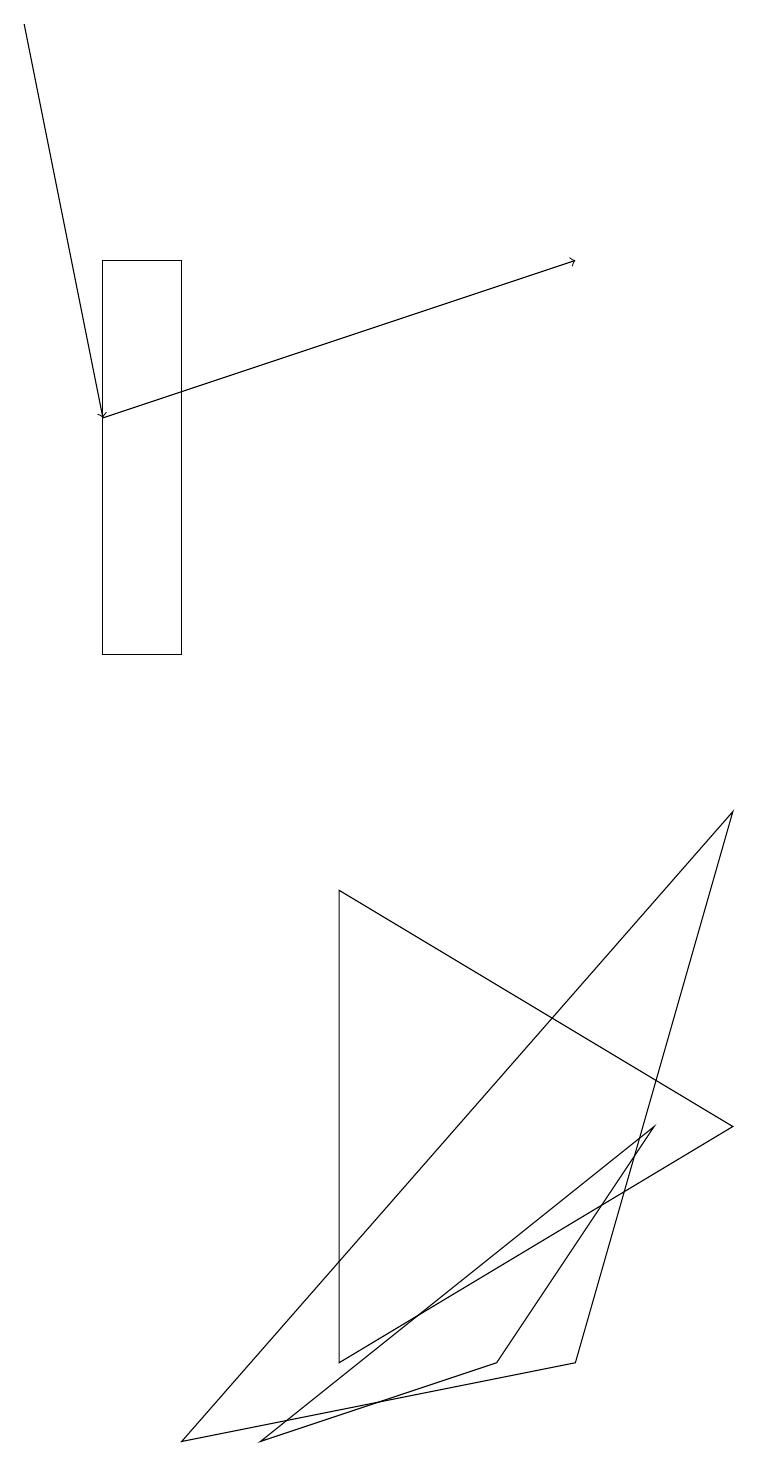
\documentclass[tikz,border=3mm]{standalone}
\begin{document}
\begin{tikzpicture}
\draw (4,7) -- (4,1) -- (9,4) -- cycle;
\draw (6,1) -- (8,4) -- (3,0) -- cycle;
\draw[->] (0,18) -- (1,13);
\draw[->] (1,13) -- (7,15);
\draw (2,10) rectangle (1,15);
\draw (9,8) -- (2,0) -- (7,1) -- cycle;
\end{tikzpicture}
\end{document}